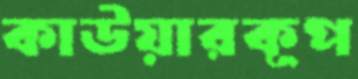
কাউয়ারকূপ